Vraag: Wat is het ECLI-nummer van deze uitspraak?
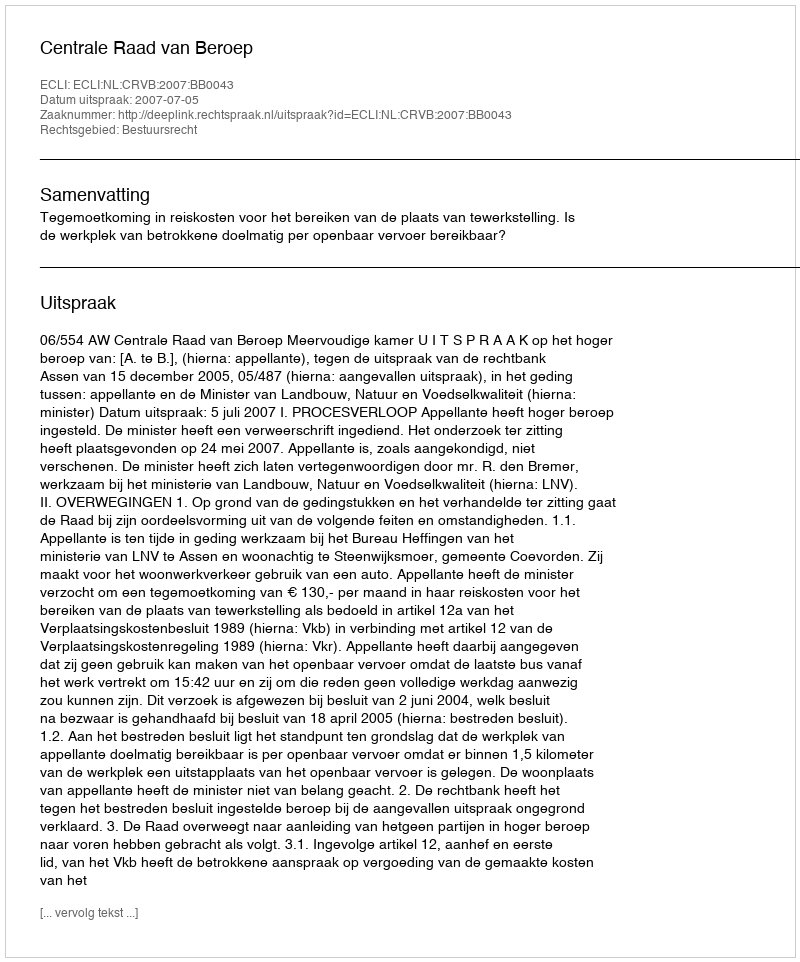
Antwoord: ECLI:NL:CRVB:2007:BB0043